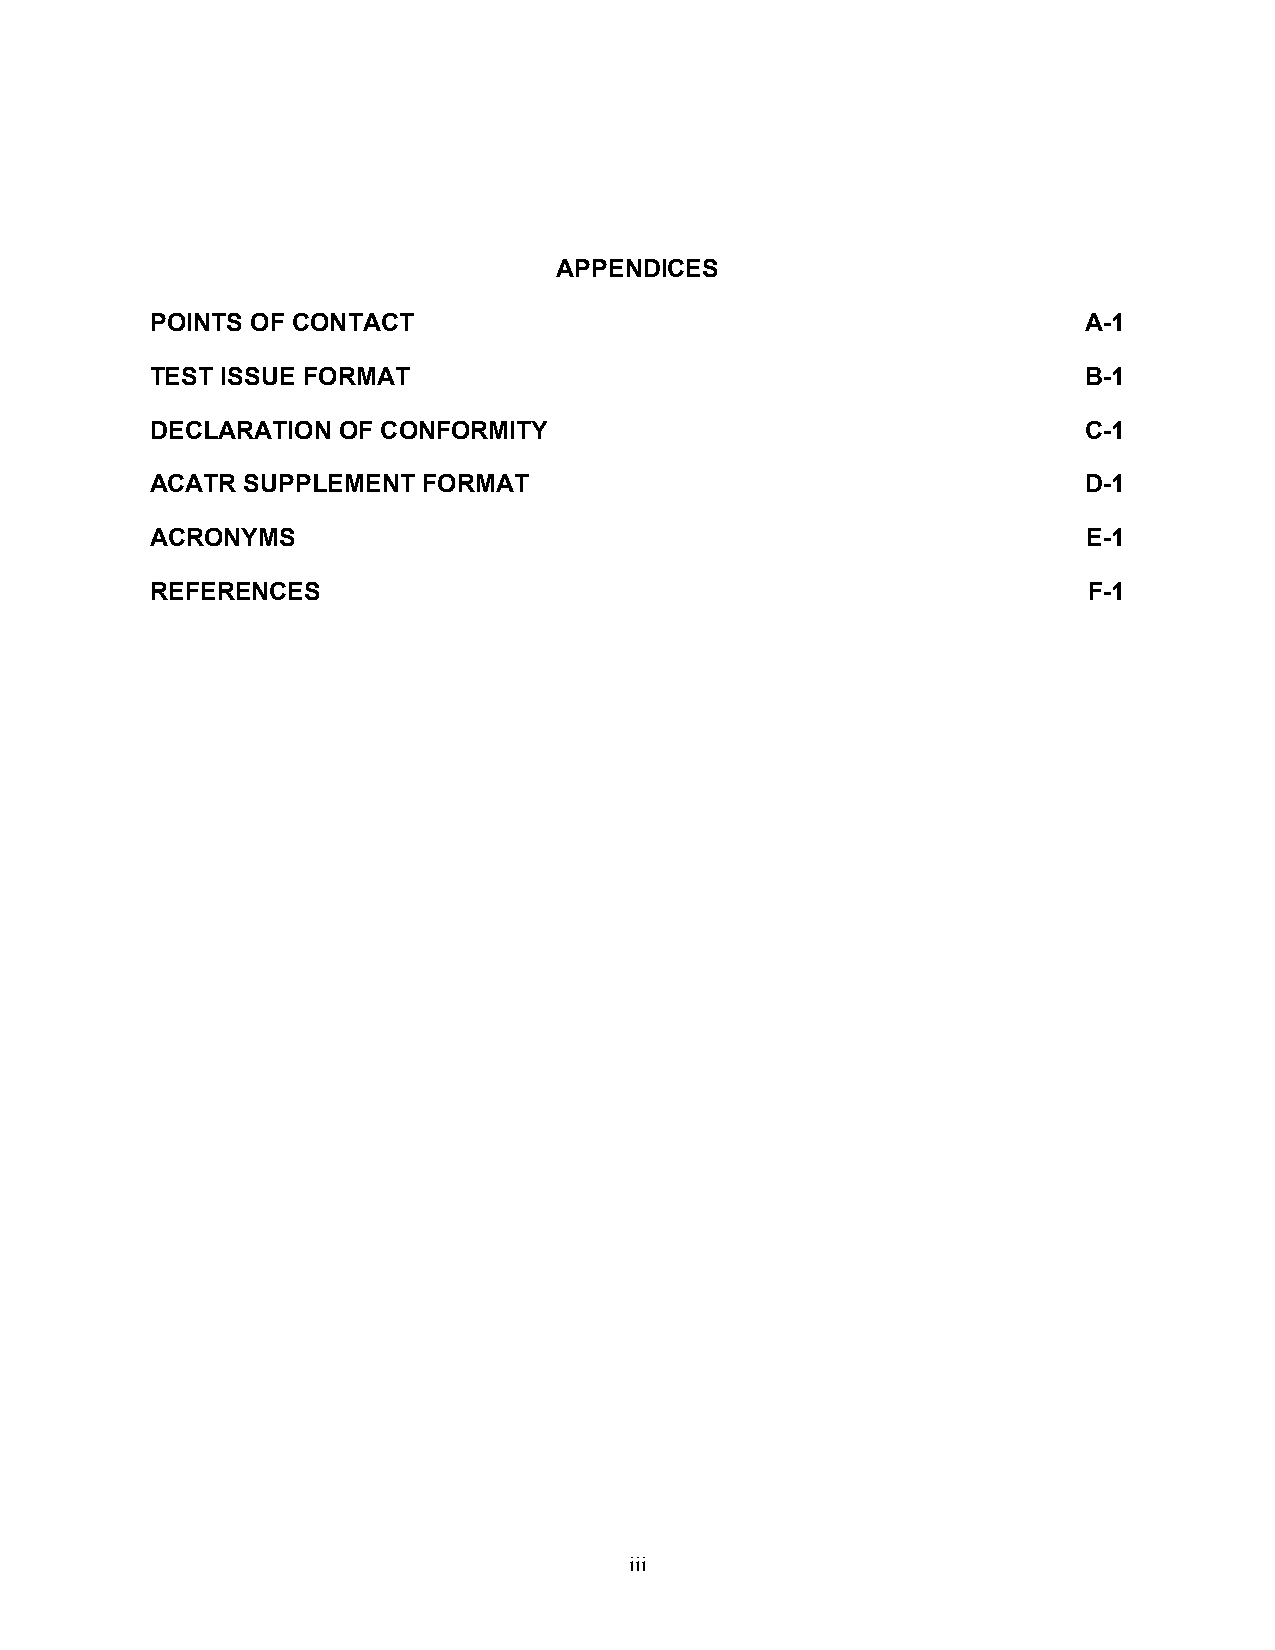
APPENDICES
 POINTS OF CONTACT                                             A-1
 TEST ISSUE FORMAT                                             B-1
 DECLARATION OF CONFORMITY                                     C-1
 ACATR SUPPLEMENT  FORMAT                                      D-1
 ACRONYMS                                                      E-1
 REFERENCES                                                    F-1
 iii